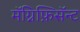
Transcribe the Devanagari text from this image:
मॅग्निफ़िसॅन्ट